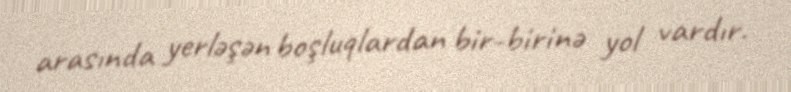
arasında yerləşən boşluqlardan bir-birinə yol vardır.